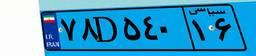
۳۲D۵۰۹۷۶